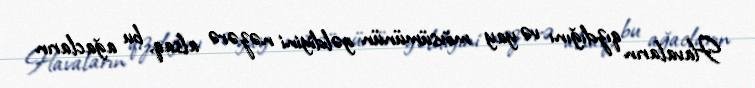
Havaların qızdığını və yay mövsümünün gəldiyini nəzərə alsaq, bu ağacların